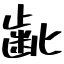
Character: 齔